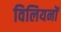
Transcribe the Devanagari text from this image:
विलियनों